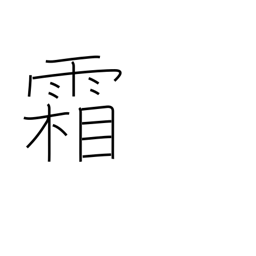
Meaning: frost